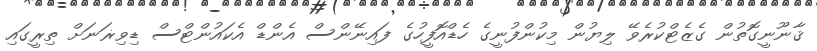
ޤާނޫނީގޮތުން ގެޒެޓްކުރެވޭ ލިޔުން މިކުންފުނީގެ ހެޑްއޮފީހުގެ ފައިނޭންސް އެންޑް އެކައުންޓްސް ޑިވިޜަނަށް ތިރީގައި